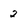
Character: 2